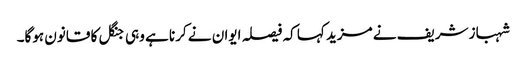
شہباز شریف نے مزید کہا کہ فیصلہ ایوان نے کرنا ہے وہی جنگل کا قانون ہوگا۔